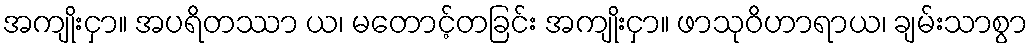
အကျိုးငှာ။ အပရိတဿာ ယ၊ မတောင့်တခြင်း အကျိုးငှာ။ ဖာသုဝိဟာရာယ၊ ချမ်းသာစွာ